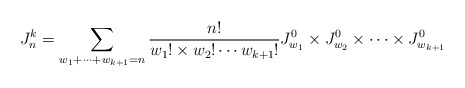
\begin{align*} J^k_n=\sum\limits_{w_{1}+\cdots+w_{k+1}= n}\frac{n!}{w_{1}!\times w_{2}!\cdots w_{k+1}!}J^0_{w_{1}}\times J^0_{w_{2}}\times\cdots\times J^0_{w_{k+1}}\end{align*}